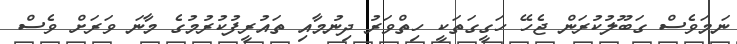
ނަމަވެސް ގަބޫލުކުރަން ޖެހޭ ހަގީގަތަކީ ހިތްވަރު ދިނުމާއި ތައުރީފުކުރުމުގެ މާނަ ވަރަށް ވެސް